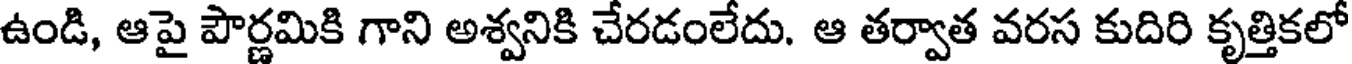
ఉండి, ఆపై పౌర్ణమికి గాని అశ్వనికి చేరడంలేదు. ఆ తర్వాత వరస కుదిరి కృత్తికలో